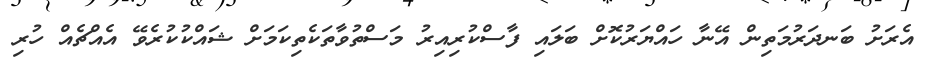
އެރަށު ބަނދަރުމަތިން އޭނާ ހައްޔަރުކޮށް ބަލައި ފާސްކުރިއިރު މަސްތުވާތަކެތިކަމަށް ޝައްކުކުރެވޭ އެއްޗެއް ހުރި